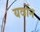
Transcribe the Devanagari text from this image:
यवोंन